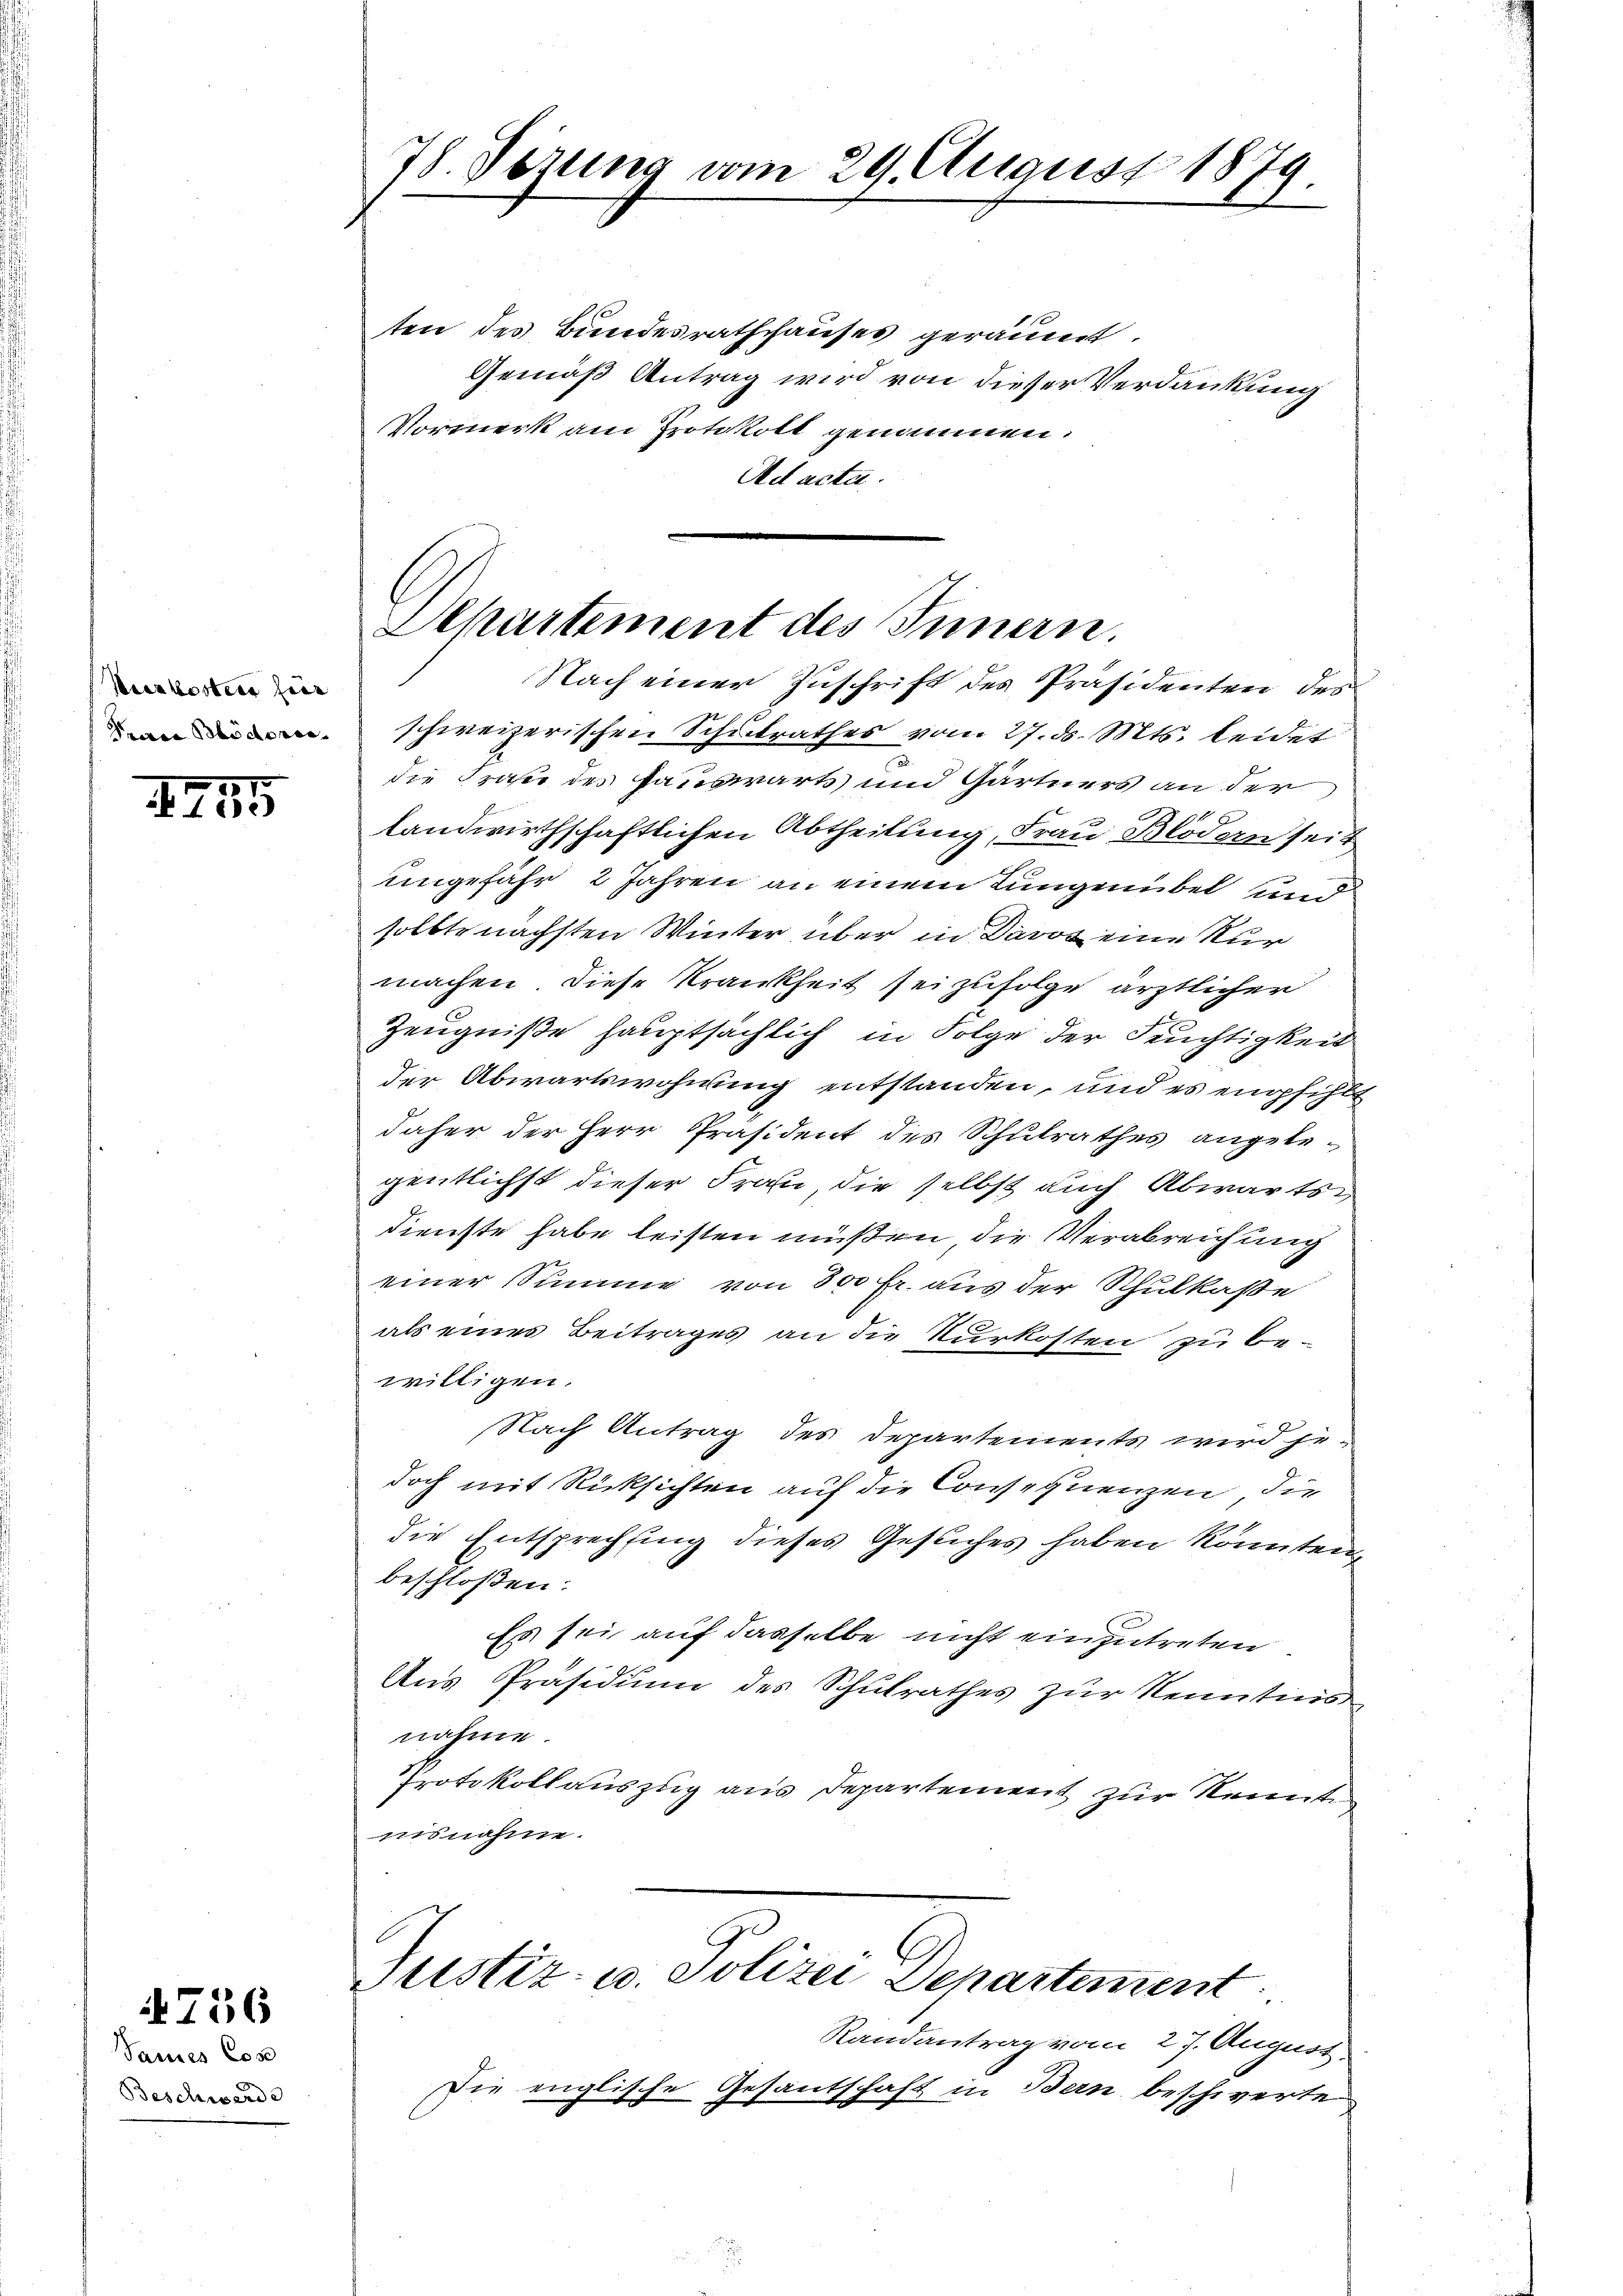
Vierkostens für

1255

Sauses Cos
Beschwerde

4756

ten des Bundesrathshauses geräumt.
Gemäß Antrag wird von dieser Verdankung
Vormerk am Protokoll genommen.
Ad acta.

Nach einer Zuschrift des Präsidenten des
n schweizerischen Schulrathes vom 27. ds. Mts. leidet
die Frage des Hauswärts und Gärtners an der

landwirthschaftlichen Abtheilung, Frau Blodern seit
ungefähr 2 Jahren an einem Lungenübel und
sollte nächsten Winter über in Davos eine Nur
machen. Diese Krankheit sei zufolge ärztlichen
Zeugniße hauptsächlich in Folge der Fechtigkeit
der Abwartswohnung entstanden, und es empfehlt
daher der Herr Präsident des Schulrathes angelegentlichst dieser Frau, die selbst auch Abwärtsdienste habe leisten müßen, die Verabreichung
einer Summe von 300 fr. aus der Schulkasse
als eines Beitrages an die Nurkosten zu be-
willigen.
Nach Antrag des Departements wird je-
doch mit Rücksichten auf die Consequenzen, die
die Entsprechtung dieses Gesuches haben könnten,
beschloßen:
Es sei auf dasselbe nicht einzutreten.
Ans Präsidium des Schulrathes zur Kenntnis
nahme.
Protokollauszug aus Departement zur Kennte
usnahme.

78. Verung vom 29. August 1879.

Aepartement des Innern.

Justiz- u. Polizei Departement

Randantrag vom 27. August.
Die englische Gesantschaft in Bern beschwerte